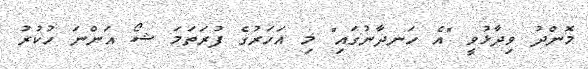
މޮންދު ވިދާޅުވީ "އެ ހަނދާނުގައި" މި އަހަރުގެ ފުރަތަމަ ޝޯ އަންނަ ހުކުރު